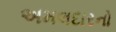
અમલદારનો